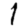
Digit: 1